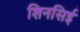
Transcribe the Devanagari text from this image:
शिनसिई